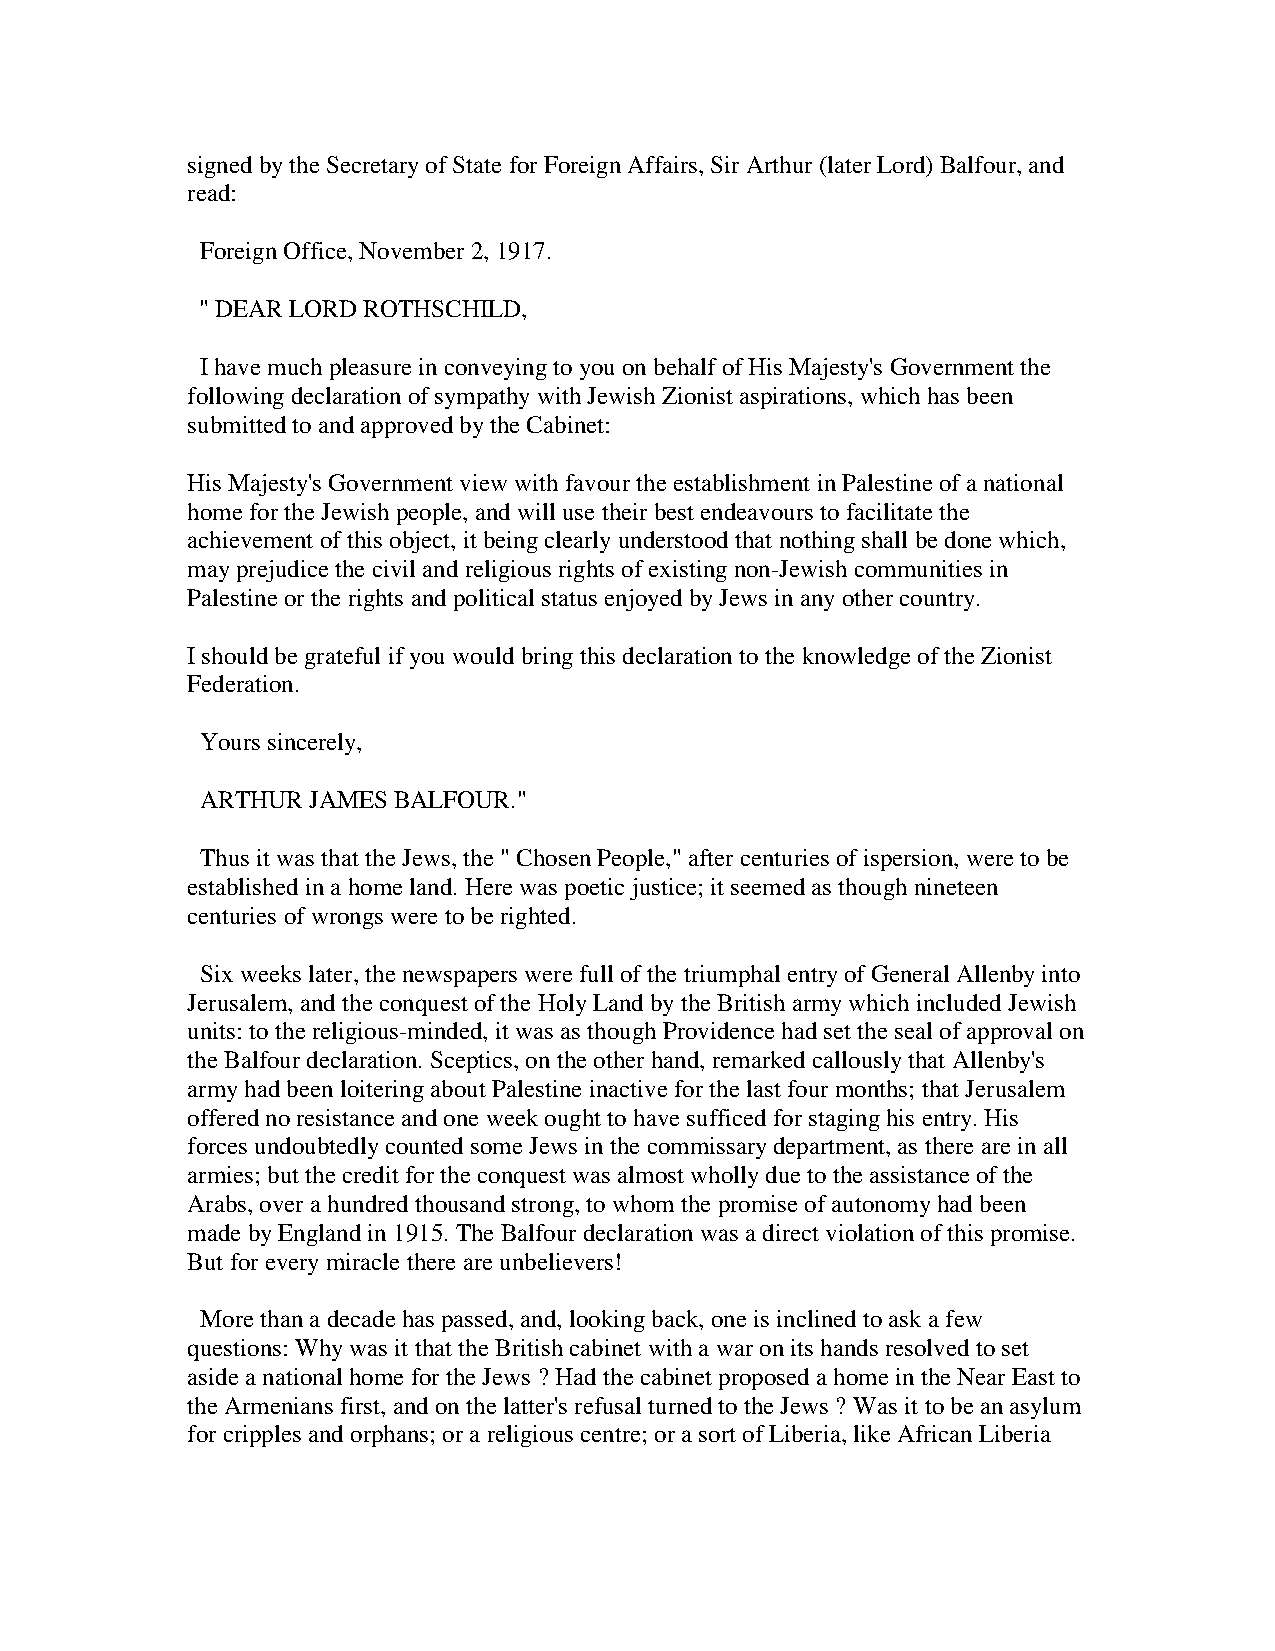
signed by the Secretary of State for Foreign Affairs, Sir Arthur (later Lord) Balfour, and
 read:
 Foreign Office, November 2, 1917.
 " DEAR LORD ROTHSCHILD,
 I have much pleasure in conveying to you on behalf of His Majesty's Government the
 following declaration of sympathy with Jewish Zionist aspirations, which has been
 submitted to and approved by the Cabinet:
 His Majesty's Government view with favour the establishment in Palestine of a national
 home for the Jewish people, and will use their best endeavours to facilitate the
 achievement of this object, it being clearly understood that nothing shall be done which,
 may prejudice the civil and religious rights of existing non-Jewish communities in
 Palestine or the rights and political status enjoyed by Jews in any other country.
 I should be grateful if you would bring this declaration to the knowledge of the Zionist
 Federation.
 Yours sincerely,
 ARTHUR JAMES BALFOUR."
 Thus it was that the Jews, the " Chosen People," after centuries of ispersion, were to be
 established in a home land. Here was poetic justice; it seemed as though nineteen
 centuries of wrongs were to be righted.
 Six weeks later, the newspapers were full of the triumphal entry of General Allenby into
 Jerusalem, and the conquest of the Holy Land by the British army which included Jewish
 units: to the religious-minded, it was as though Providence had set the seal of approval on
 the Balfour declaration. Sceptics, on the other hand, remarked callously that Allenby's
 army had been loitering about Palestine inactive for the last four months; that Jerusalem
 offered no resistance and one week ought to have sufficed for staging his entry. His
 forces undoubtedly counted some Jews in the commissary department, as there are in all
 armies; but the credit for the conquest was almost wholly due to the assistance of the
 Arabs, over a hundred thousand strong, to whom the promise of autonomy had been
 made by England in 1915. The Balfour declaration was a direct violation of this promise.
 But for every miracle there are unbelievers!
 More than a decade has passed, and, looking back, one is inclined to ask a few
 questions: Why was it that the British cabinet with a war on its hands resolved to set
 aside a national home for the Jews ? Had the cabinet proposed a home in the Near East to
 the Armenians first, and on the latter's refusal turned to the Jews ? Was it to be an asylum
 for cripples and orphans; or a religious centre; or a sort of Liberia, like African Liberia